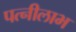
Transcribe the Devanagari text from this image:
पत्नीलाभ